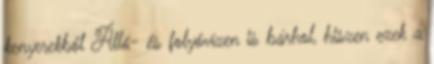
kenyerekből Álló- és folyóvízen is bárhol, hiszen ezek a